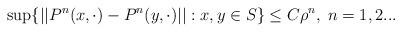
LaTeX: \begin{align*}\sup\{||P^n(x, \cdot) - P^n(y,\cdot)||: x,y \in S\} \leq C \rho^n, \; n=1,2...\end{align*}